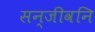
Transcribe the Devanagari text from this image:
सन्जीवनि